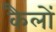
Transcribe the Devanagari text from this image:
कैलों